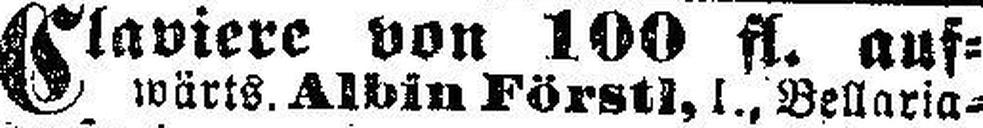
Claviere von 100 fl. auf¬